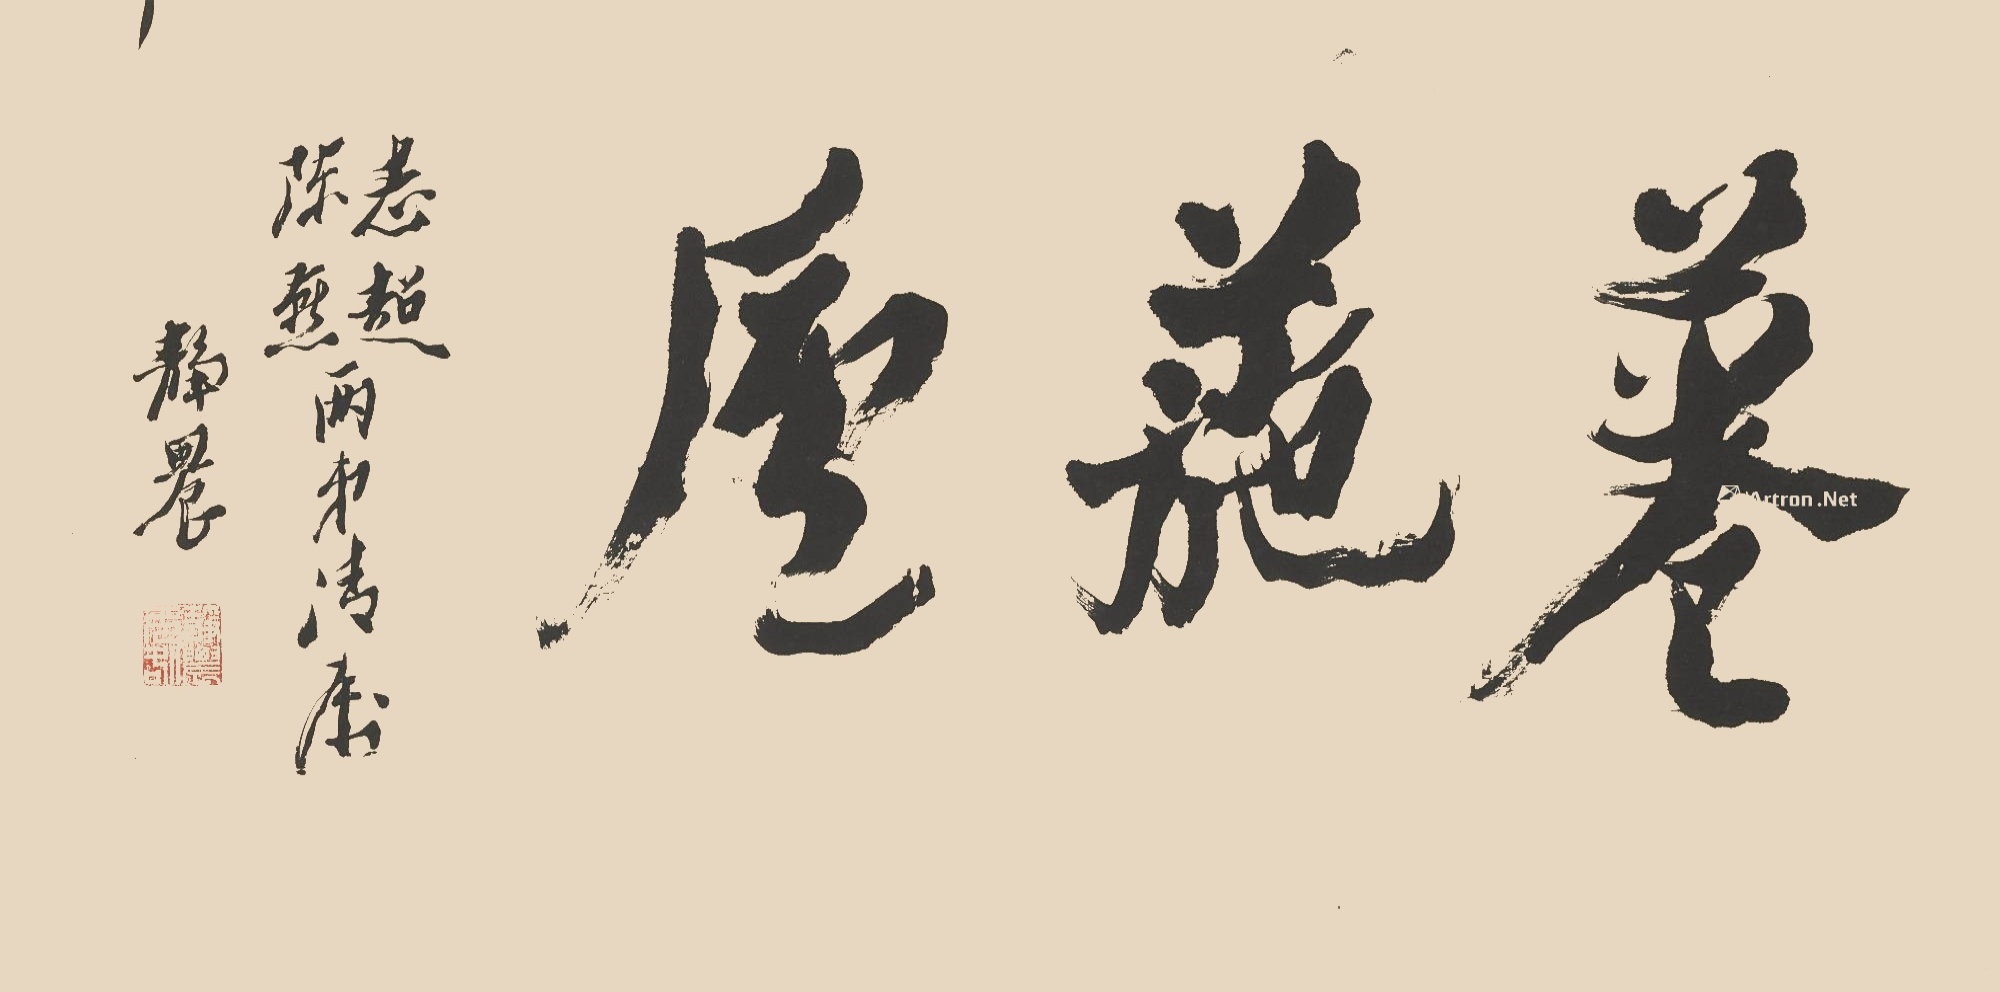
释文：菤葹庐。志超、陈燕两弟清属。静农。